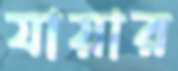
যায়ার